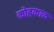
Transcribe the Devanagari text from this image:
कोहकाळ